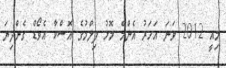
މިއީ 2012 ވަނަ އަހަރު އެންމެ މޮޅު ފިލްމުގެ އޮސްކާ އެވޯޑް ގެންދިޔަ